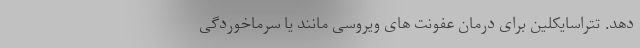
دهد. تتراسایکلین برای درمان عفونت های ویروسی مانند یا سرماخوردگی